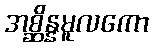
အစ္ဆိန္နမူလကော